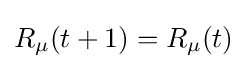
R_{\mu }(t+1)=R_{\mu }(t)